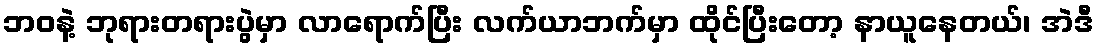
ဘဝနဲ့ ဘုရားတရားပွဲမှာ လာရောက်ပြီး လက်ယာဘက်မှာ ထိုင်ပြီးတော့ နာယူနေတယ်၊ အဲဒီ